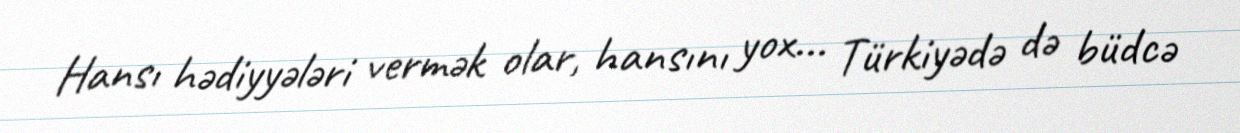
Hansı hədiyyələri vermək olar, hansını yox... Türkiyədə də büdcə